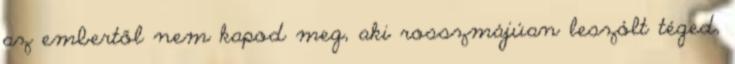
az embertől nem kapod meg, aki rosszmájúan leszólt téged,